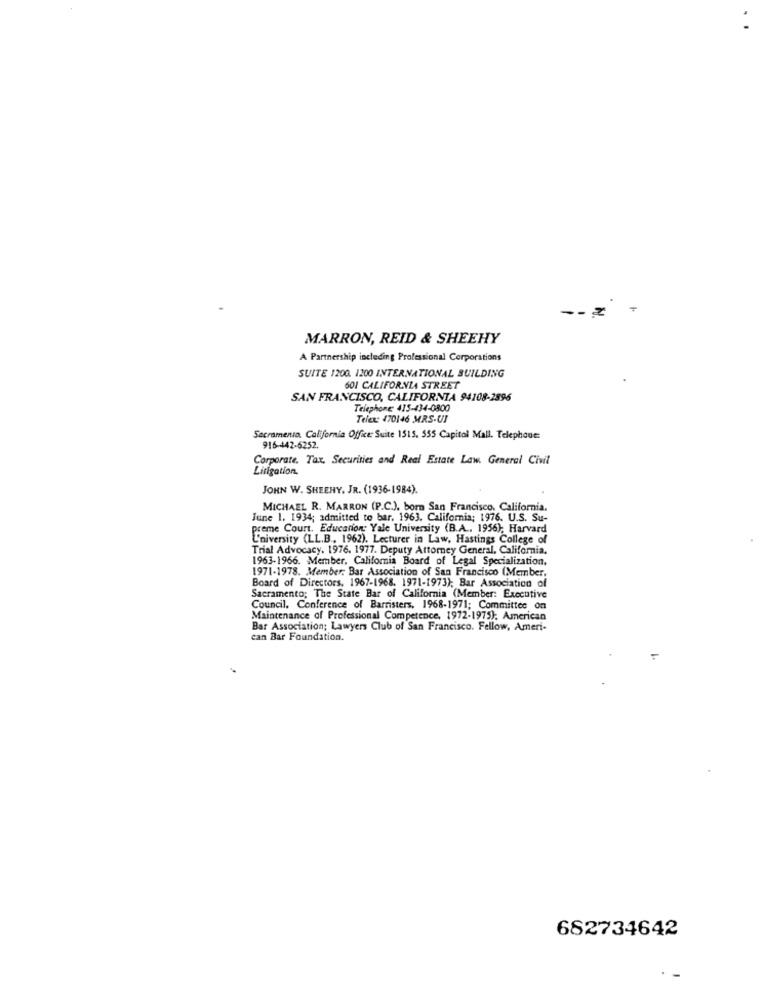
MARRON, REID & SHEEHY
A Partnership including Professional Corporations
SUITE 1200. 1200 INTERNATIONAL BUILDING
601 CALIFORNIA STREET
SAN FRANCISCO, CALIFORNIA 94108-2896
Telephone: 415-434-0800
Telex: 470146 MRS.UI
Sacramento, California Office: Suite 1515. 555 Capitol Mall. Telephone:
916-442-6252.
Corporate. Tax. Securities and Real Estate Law. General Civil
Litigation.
JOHN W. SHEEHY. JR. (1936-1984).
MICHAEL R. MARRON (P.C.), born San Francisco, California.
June 1. 1934; admitted to bar, 1963. California; 1976. U.S. Su-
preme Court. Education; Yale University (B.A ., 1956), Harvard
L'niversity (LL.B ., 1962). Lecturer in Law, Hastings College of
Trial Advocacy. 1976. 1977. Deputy Attorney General, California.
1963-1966. Member, California Board of Legal Specialization.
1971-1978. Member; Bar Association of San Francisco (Member,
Board of Directors, 1967-1968. 1971-1973); Bar Association of
Sacramento; The State Bar of California (Member: Executive
Council. Conference of Barristers, 1968-1971; Committee on
Maintenance of Professional Competence, 1972-1975); American
Bar Association; Lawyers Club of San Francisco. Fellow, Ameri-
can Bar Foundation.
682734642
-